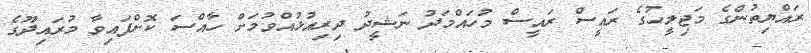
ރައްޔިތުންގެ މަޖިލީހުގެ ރައީސް ރައީސް މުހައްމަދު ނަޝީދު ދިރިއުޅުއްވުމަށް ހާއްސަ ކޮށްފައިވާ މުރައިދޫގެ